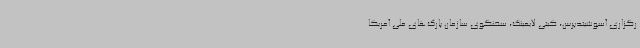
رگزاری آسوشیتدپرس، کیتی لایمینگ، سخنگوی سازمان پارک‌های ملی آمریکا